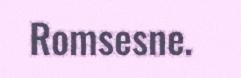
Romsesne.